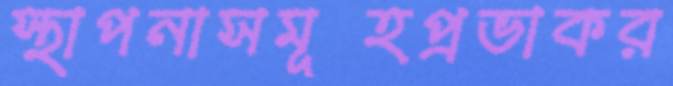
স্থাপনাসমূহপ্রভাকর